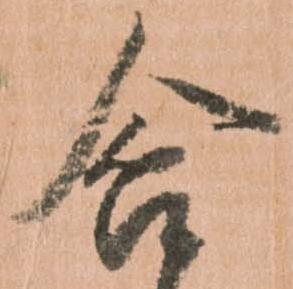
含